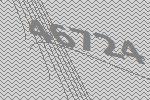
46724